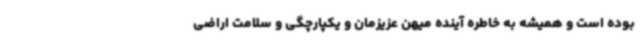
بوده است و همیشه به خاطره آینده میهن عزیزمان و یکپارچگی و سلامت اراضی